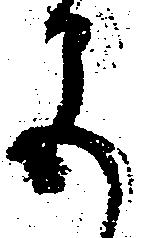
色